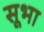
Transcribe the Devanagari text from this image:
सूभा